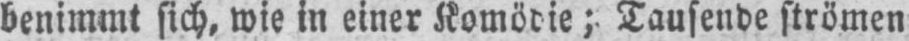
benimmt sich, wie in einer Komödie; Tausende strömen